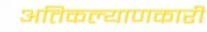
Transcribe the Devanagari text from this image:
अतिकल्याणकारी